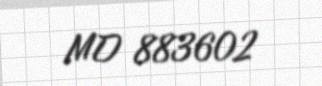
MD 883602